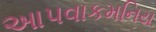
આપવાકમનિય